Indian journal of veterinary science and animal husbandry - Volume 7,
Year: 1937
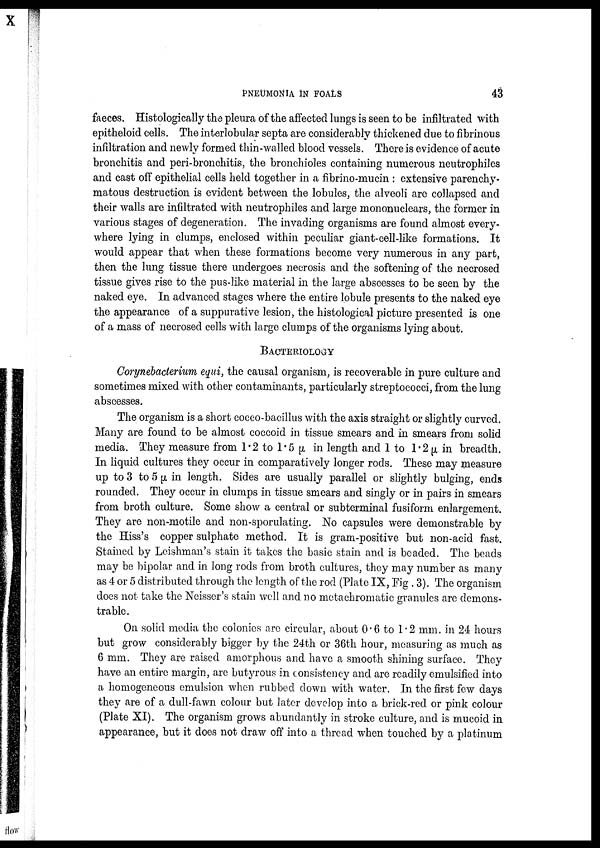
PNEUMONIA IN FOALS
43
faeces. Histologically the pleura of the affected lungs is seen to be infiltrated with
epitheloid cells. The interlobular septa are considerably thickened due to fibrinous
infiltration and newly formed thin-walled blood vessels. There is evidence of acute
bronchitis and peri-bronchitis, the bronchioles containing numerous neutrophiles
and cast off epithelial cells held together in a fibrino-mucin : extensive parenchy-
matous destruction is evident between the lobules, the alveoli are collapsed and
their walls are infiltrated with neutrophiles and large mononuclears, the former in
various stages of degeneration. The invading organisms are found almost every-
where lying in clumps, enclosed within peculiar giant-cell-like formations. It
would appear that when these formations become very numerous in any part,
then the lung tissue there undergoes necrosis and the softening of the necrosed
tissue gives rise to the pus-like material in the large abscesses to be seen by the
naked eye. In advanced stages where the entire lobule presents to the naked eye
the appearance of a suppurative lesion, the histological picture presented is one
of a mass of necrosed cells with large clumps of the organisms lying about.
BACTERIOLOGY
Corynebacterium equi, the causal organism, is recoverable in pure culture and
sometimes mixed with other contaminants, particularly streptococci, from the lung
abscesses.
The organism is a short cocco-bacillus with the axis straight or slightly curved.
Many are found to be almost coccoid in tissue smears and in smears from solid
media. They measure from 1.2 to 1.5 µ in length and 1 to 1.2 µ in breadth.
In liquid cultures they occur in comparatively longer rods. These may measure
up to 3 to 5 µ in length. Sides are usually parallel or slightly bulging, ends
rounded. They occur in clumps in tissue smears and singly or in pairs in smears
from broth culture. Some show a central or subterminal fusiform enlargement.
They are non-motile and non-sporulating. No capsules were demonstrable by
the Hiss's copper sulphate method. It is gram-positive but non-acid fast.
Stained by Leishman's stain it takes the basic stain and is beaded. The beads
may be bipolar and in long rods from broth cultures, they may number as many
as 4 or 5 distributed through the length of the rod (Plate IX, Fig . 3). The organism
does not take the Neisser's stain well and no metachromatic granules are demons-
trable.
On solid media the colonies are circular, about 0.6 to 1.2 mm. in 24 hours
but grow considerably bigger by the 24th or 36th hour, measuring as much as
6 mm. They are raised amorphous and have a smooth shining surface. They
have an entire margin, are butyrous in consistency and are readily emulsified into
a homogeneous emulsion when rubbed down with water. In the first few days
they are of a dull-fawn colour but later develop into a brick-red or pink colour
(Plate XI). The organism grows abundantly in stroke culture, and is mucoid in
appearance, but it does not draw off into a thread when touched by a platinum